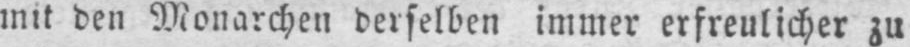
mit den Monarchen derselben immer erfreulicher zu